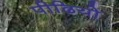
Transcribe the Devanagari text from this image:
पीढियो